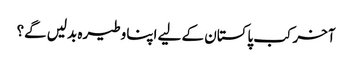
آخر کب پاکستان کے لیے اپنا وطیرہ بدلیں گے؟